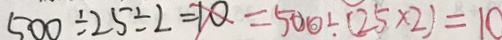
5 0 0 \div 2 5 \div 2 = 1 0 = 5 0 0 \div ( 2 5 \times 2 ) = 1 0